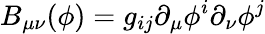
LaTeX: B_{\mu\nu}(\phi)=g_{ij}\partial_{\mu}\phi^{i}\partial_{\nu}\phi^{j}